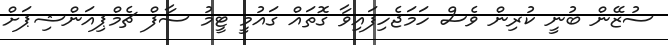
ސުޒޭން ބުނީ ކުރިން ވެސް ހަމަޖެހިފައިވާ ގޮތައް ގައުމީ ޓީމު ސާފް ޗެމްޕިއަންޝިޕަށް